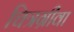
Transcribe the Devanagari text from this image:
चित्रग्रीवा